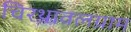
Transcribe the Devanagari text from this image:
चिरथावलग्राम